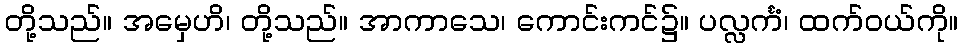
တို့သည်။ အမှေဟိ၊ တို့သည်။ အာကာသေ၊ ကောင်းကင်၌။ ပလ္လင်္ကံ၊ ထက်ဝယ်ကို။